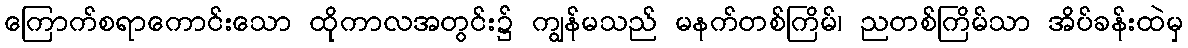
ကြောက်စရာကောင်းသော ထိုကာလအတွင်း၌ ကျွန်မသည် မနက်တစ်ကြိမ်၊ ညတစ်ကြိမ်သာ အိပ်ခန်းထဲမှ